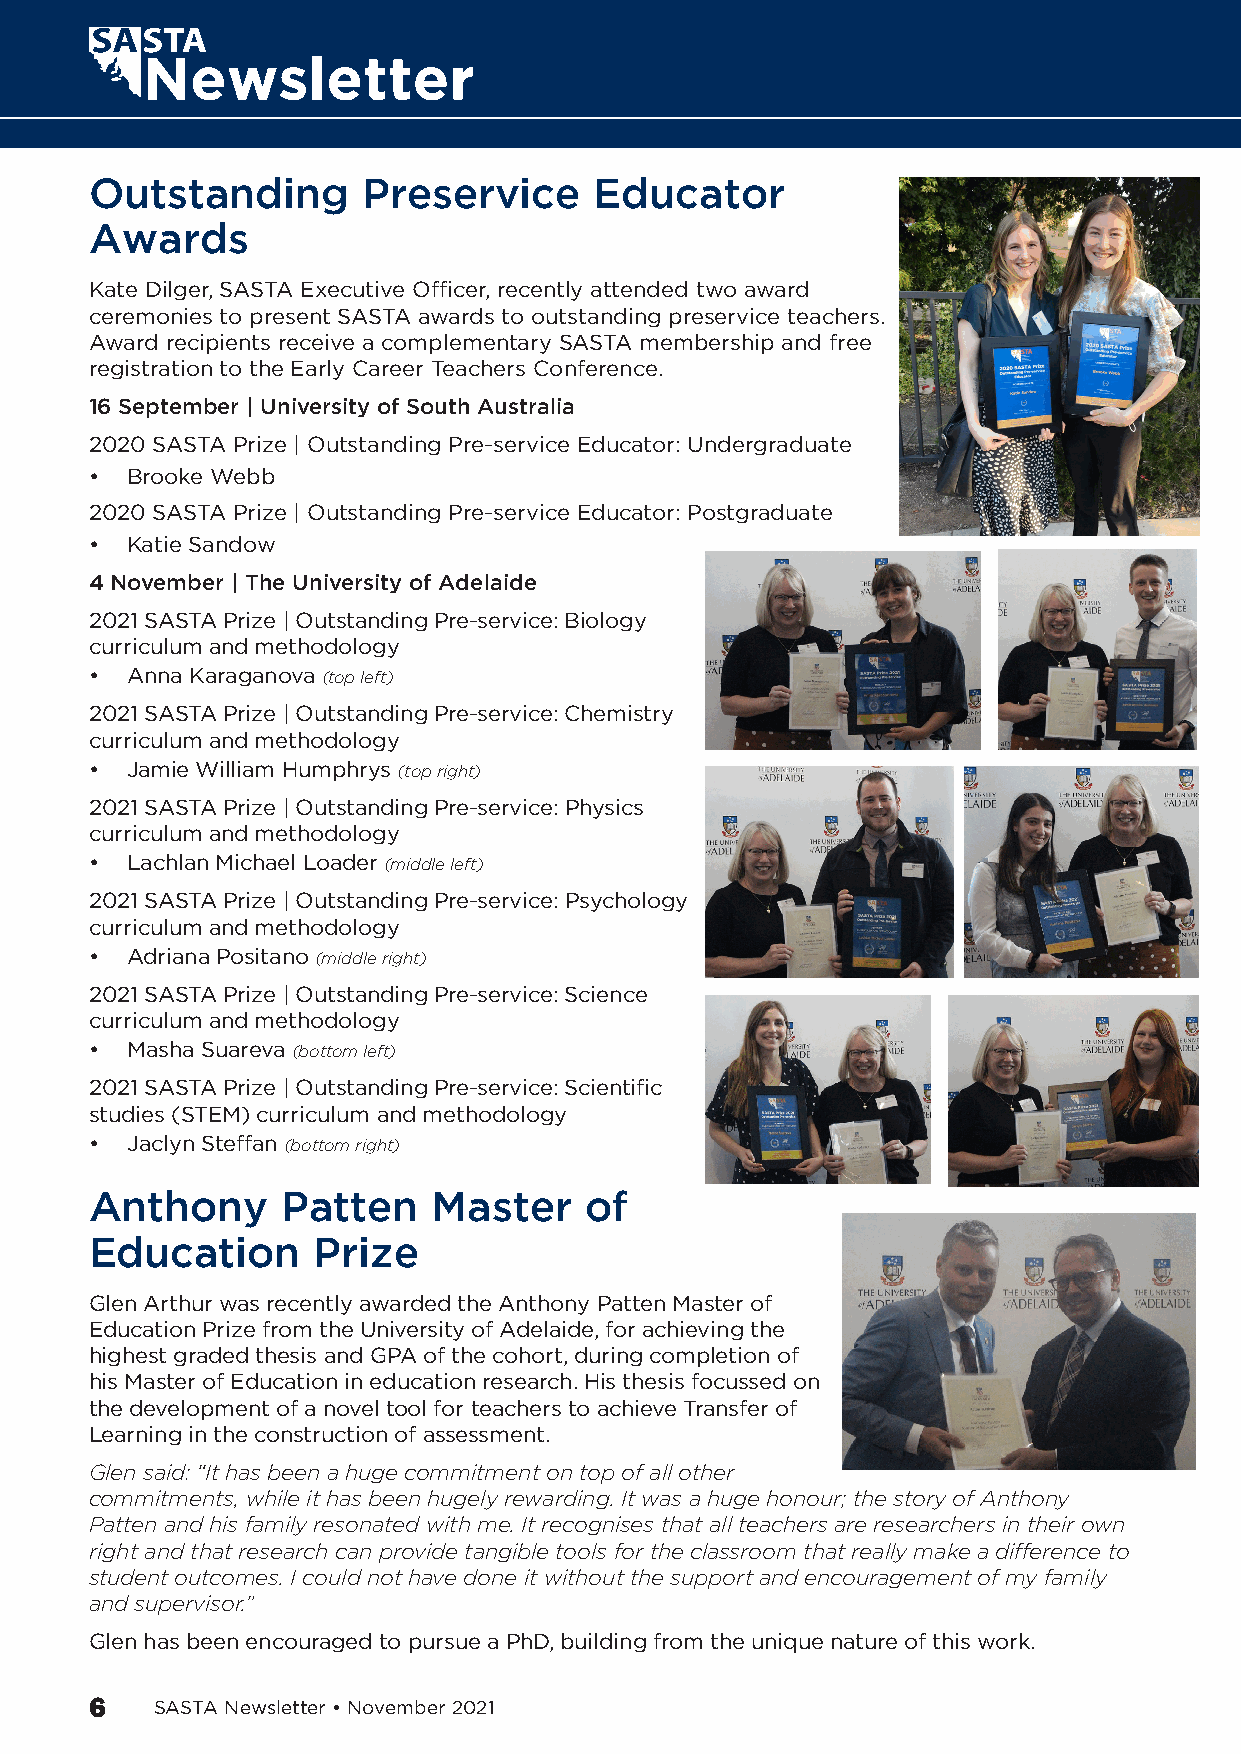
Outstanding       Preservice     Educator
 Awards
 Kate Dilger, SASTA Executive Officer, recently attended two award
 ceremonies to present SASTA awards to outstanding preservice teachers.
 Award recipients receive a complementary SASTA membership and free
 registration to the Early Career Teachers Conference.
 16 September | University of South Australia
 2020 SASTA Prize | Outstanding Pre-service Educator: Undergraduate
 • Brooke Webb
 2020 SASTA Prize | Outstanding Pre-service Educator: Postgraduate
 • Katie Sandow
 4 November | The University of Adelaide
 2021 SASTA Prize | Outstanding Pre-service: Biology
 curriculum and methodology
 • Anna Karaganova (top left)
 2021 SASTA Prize | Outstanding Pre-service: Chemistry
 curriculum and methodology
 • Jamie William Humphrys (top right)
 2021 SASTA Prize | Outstanding Pre-service: Physics
 curriculum and methodology
 • Lachlan Michael Loader (middle left)
 2021 SASTA Prize | Outstanding Pre-service: Psychology
 curriculum and methodology
 • Adriana Positano (middle right)
 2021 SASTA Prize | Outstanding Pre-service: Science
 curriculum and methodology
 • Masha Suareva (bottom left)
 2021 SASTA Prize | Outstanding Pre-service: Scientific
 studies (STEM) curriculum and methodology
 • Jaclyn Steffan (bottom right)
 Anthony      Patten    Master    of
 Education      Prize
 Glen Arthur was recently awarded the Anthony Patten Master of
 Education Prize from the University of Adelaide, for achieving the
 highest graded thesis and GPA of the cohort, during completion of
 his Master of Education in education research. His thesis focussed on
 the development of a novel tool for teachers to achieve Transfer of
 Learning in the construction of assessment.
 Glen said: “It has been a huge commitment on top of all other
 commitments, while it has been hugely rewarding. It was a huge honour; the story of Anthony
 Patten and his family resonated with me. It recognises that all teachers are researchers in their own
 right and that research can provide tangible tools for the classroom that really make a difference to
 student outcomes. I could not have done it without the support and encouragement of my family
 and supervisor.”
 Glen has been encouraged to pursue a PhD, building from the unique nature of this work.
 6   SASTA Newsletter • November 2021